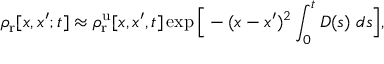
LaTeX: \rho _ { \mathrm { r } } [ x , x ^ { \prime } ; t ] \approx \rho _ { \mathrm { r } } ^ { \mathrm { u } } [ x , x ^ { \prime } , t ] \exp { \Big [ - ( x - x ^ { \prime } ) ^ { 2 } \int _ { 0 } ^ { t } D ( s ) ~ d s \Big ] } ,